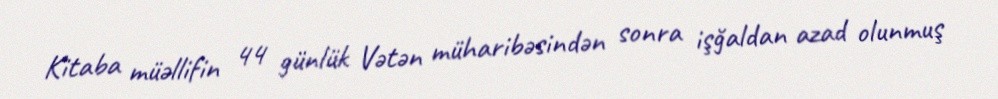
Kitaba müəllifin 44 günlük Vətən müharibəsindən sonra işğaldan azad olunmuş